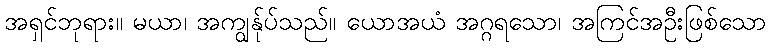
အရှင်ဘုရား။ မယာ၊ အကျွန်ုပ်သည်။ ယောအယံ အဂ္ဂရသော၊ အကြင်အဦးဖြစ်သော